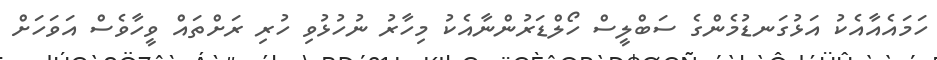
ހަމައެއާއެކު އަޅުގަނޑުމެންގެ ސަބްލީސް ހޯލްޑަރުންނާއެކު މިހާރު ނުހުޅުވި ހުރި ރަށްތައް ވީހާވެސް އަވަހަށް